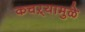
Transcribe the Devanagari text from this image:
कचऱ्यामुळे